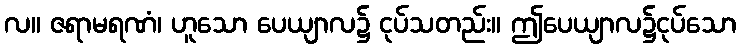
လ။ ဇရာမရဏံ၊ ဟူသော ပေယျာလ၌ ငုပ်သတည်း။ ဤပေယျာလ၌ငုပ်သော